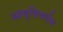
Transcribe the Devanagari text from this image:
आवृत्तिवर्धक